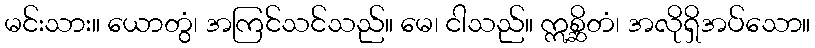
မင်းသား။ ယောတွံ၊ အကြင်သင်သည်။ မေ၊ ငါသည်။ ဣစ္ဆိတံ၊ အလိုရှိအပ်သော။